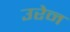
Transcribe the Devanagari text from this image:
उरेन